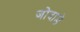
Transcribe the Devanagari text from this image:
जोदाडे